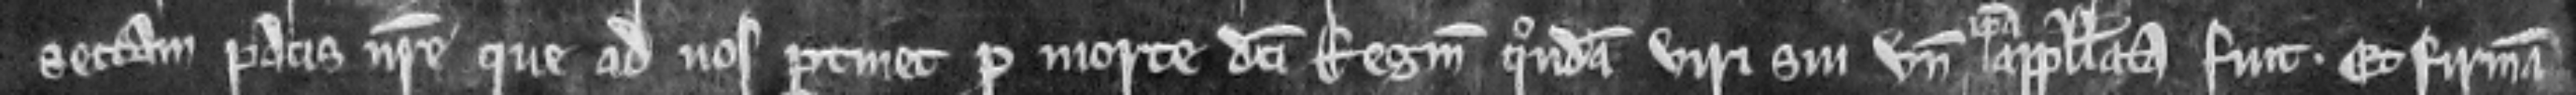
sectam pacis nostre que ad nos pertinet pro morte dicti Reginaldi quondam viri sui unde ipsa appellata fuit. Et firmam